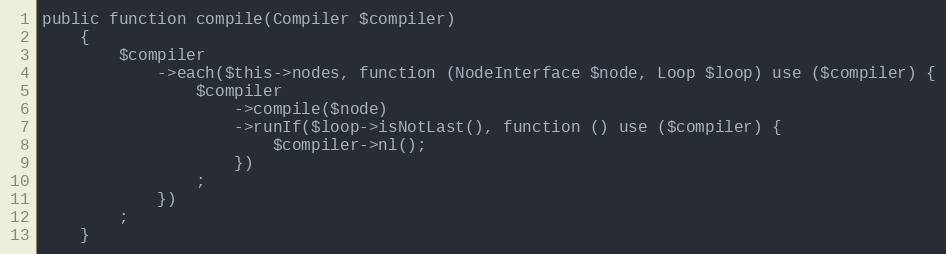
Language: PHP
public function compile(Compiler $compiler)
    {
        $compiler
            ->each($this->nodes, function (NodeInterface $node, Loop $loop) use ($compiler) {
                $compiler
                    ->compile($node)
                    ->runIf($loop->isNotLast(), function () use ($compiler) {
                        $compiler->nl();
                    })
                ;
            })
        ;
    }